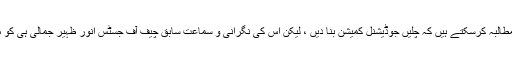
عمران خان اب یہ مطالبہ کرسکتے ہیں کہ چلیں جوڈیشنل کمیشن بنا دیں ، لیکن اس کی نگرانی و سماعت سابق چیف آف جسٹس انور ظہیر جمالی ہی کو مقرر کردیا جائے ۔